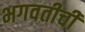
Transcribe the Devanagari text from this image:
भगवतीची